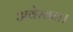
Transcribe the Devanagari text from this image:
अवेस्तन।